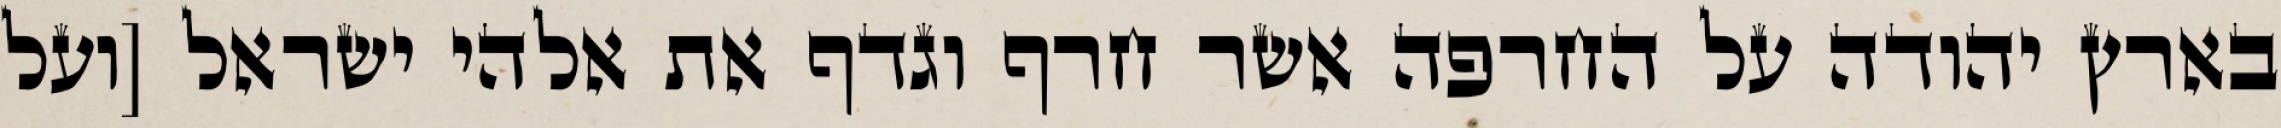
בארץ יהודה על החרפה אשר חרף וגדף את אלהי ישראל [ועל